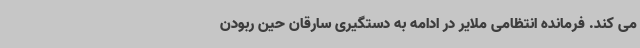
می کند. فرمانده انتظامی ملایر در ادامه به دستگیری سارقان حین ربودن